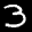
Label: 3